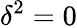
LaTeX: \delta^{2}=0